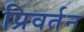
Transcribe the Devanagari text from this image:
प्रिवर्तन